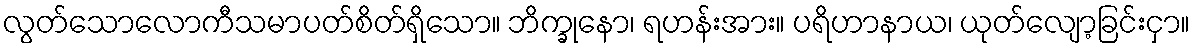
လွတ်သောလောကီသမာပတ်စိတ်ရှိသော။ ဘိက္ခုနော၊ ရဟန်းအား။ ပရိဟာနာယ၊ ယုတ်လျော့ခြင်းငှာ။